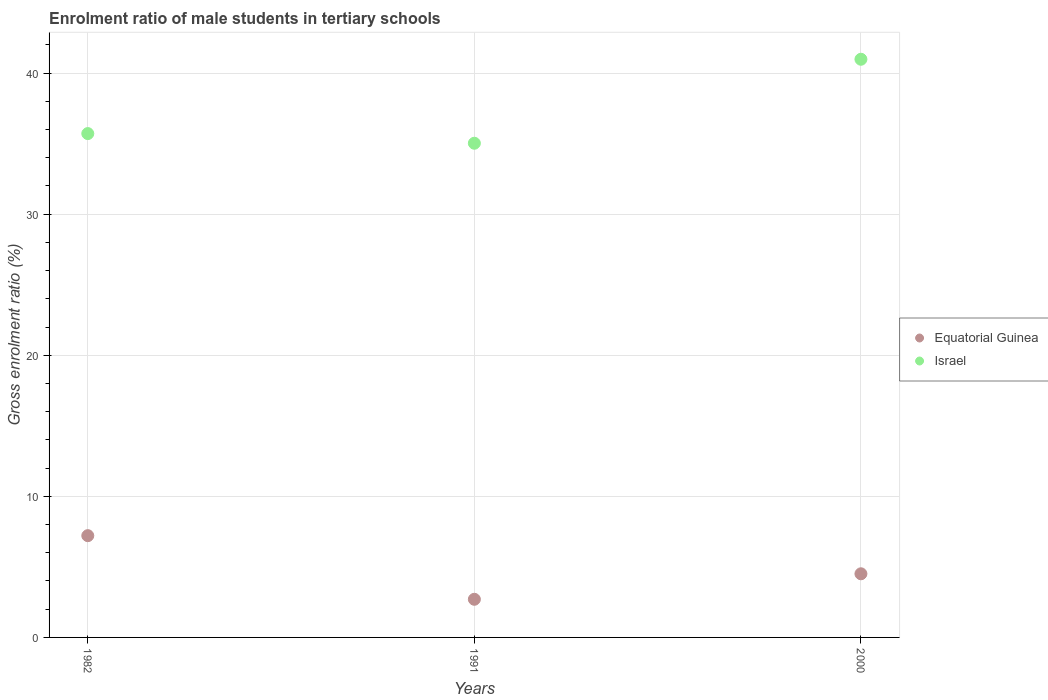
| Years | Equatorial Guinea | Israel |
 | --- | --- | --- |
 | 1982 | 7.21 | 35.7 |
 | 1991 | 2.7 | 35 |
 | 2000 | 4.51 | 41 |